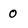
Character: 0